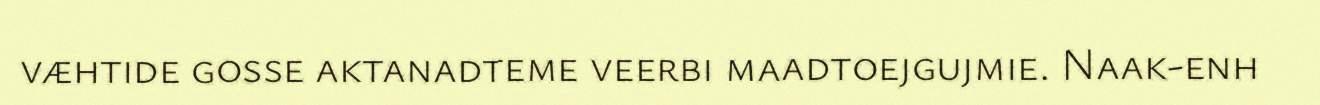
væhtide gosse aktanadteme veerbi maadtoejgujmie. Naak-enh